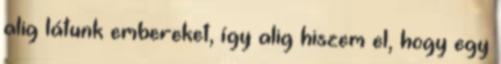
alig látunk embereket, így alig hiszem el, hogy egy